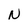
Character: N